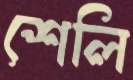
শেলি